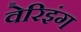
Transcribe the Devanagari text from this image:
वेरिइंग